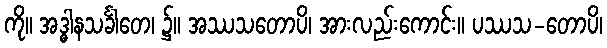
ကို။ အဒ္ဓါနသင်္ခါတေ၊ ၌။ အဿသတောပိ၊ အားလည်းကောင်း။ ပဿသ-တောပိ၊